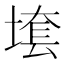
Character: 𱗛